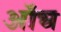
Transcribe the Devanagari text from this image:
ऑच